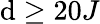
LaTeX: \mathrm{d}\geq20J